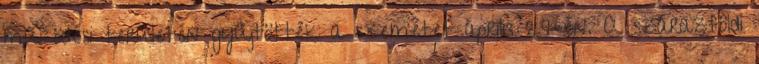
működési területén gyűjtötték a szemetet április 29-én. A szárazföldi